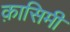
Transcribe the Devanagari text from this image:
क़ासिमी